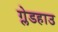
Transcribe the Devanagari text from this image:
ग्लेडहाउ